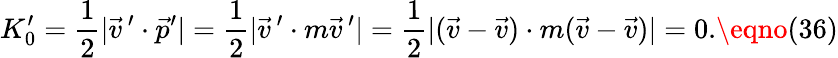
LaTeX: K_{0}^{\prime}={\frac{1}{2}}|\vec{v}\, ^{\prime}\cdot\vec{p}^{\prime}|={\frac{1}{2}}|\vec{v}\, ^{\prime}\cdot m{\vec{v}}\, ^{\prime}|={\frac{1}{2}}|(\vec{v}-\vec{v})\cdot m(\vec{v}-\vec{v})|=0.\eqno(36)